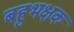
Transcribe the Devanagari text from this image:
बहुभक्षक